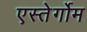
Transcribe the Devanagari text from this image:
एस्तेर्गोम